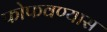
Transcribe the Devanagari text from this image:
फोफवण्यास